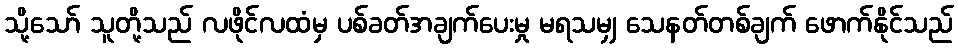
သို့သော် သူတို့သည် လဖိုင်လထံမှ ပစ်ခတ်အချက်ပေးမှု မရသမျှ သေနတ်တစ်ချက် ဖောက်နိုင်သည်